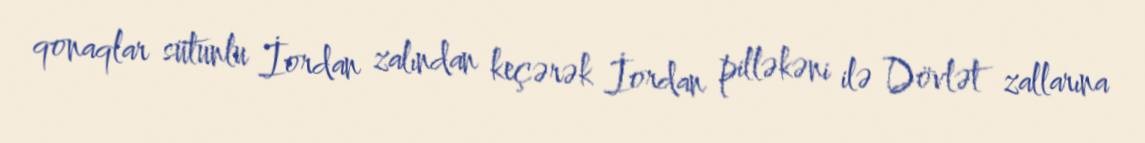
qonaqlar sütunlu İordan zalından keçərək İordan pilləkəni ilə Dövlət zallarına